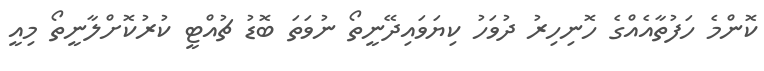
ކޮންމެ ހަފުތާއެއްގެ ހޮނިހިރު ދުވަހު ކިޔަވައިދޭނީތޯ ނުވަތަ ބޮޑު ޗުއްޓީ ކުރުކޮށްލާނީތޯ މިއީ